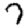
Digit: 7